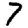
Digit: 7